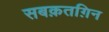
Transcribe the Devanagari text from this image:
सबक़तग़िन